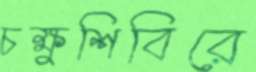
চক্ষুশিবিরে